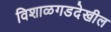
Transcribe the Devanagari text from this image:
विशाळगडदेखील